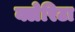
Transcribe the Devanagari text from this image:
क्लेरिटा